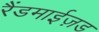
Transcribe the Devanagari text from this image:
रैंडमाईज़ड